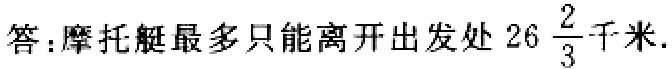
答：摩托艇最多只能离开出发处 \(26\frac{2}{3}\)千米.